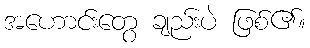
အဟောင်းတွေ ချည်းပဲ ဖြစ်၏။